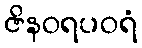
ဇိနဝရပဝရံ